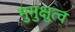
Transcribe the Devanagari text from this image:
मुमुक्षुत्व